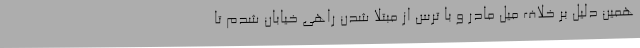
همین دلیل بر خلاف میل مادر و با ترس از مبتلا شدن راهی خیابان شدم تا